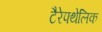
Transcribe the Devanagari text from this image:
टैरेफ्थेलिक